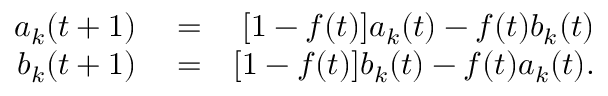
\begin{array} { r l r } { a _ { k } ( t + 1 ) } & { { } = } & { [ 1 - f ( t ) ] a _ { k } ( t ) - f ( t ) b _ { k } ( t ) } \\ { b _ { k } ( t + 1 ) } & { { } = } & { [ 1 - f ( t ) ] b _ { k } ( t ) - f ( t ) a _ { k } ( t ) . } \end{array}